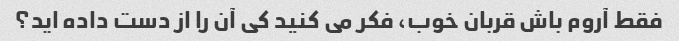
فقط آروم باش قربان خوب، فکر می کنید کی آن را از دست داده اید؟